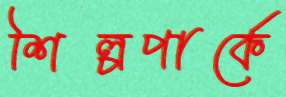
শিল্পপার্কে